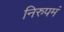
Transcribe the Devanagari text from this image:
निरुपमं